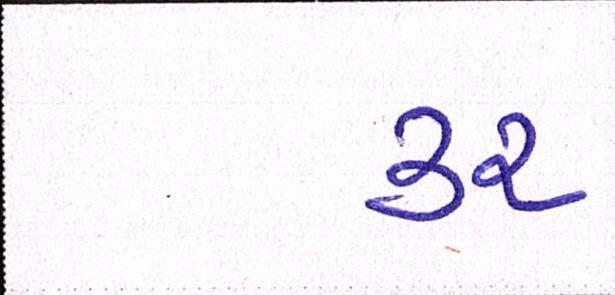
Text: ૩૨